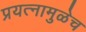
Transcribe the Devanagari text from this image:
प्रयत्नामुळेच